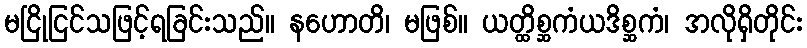
မငြိုငြင်သဖြင့်ရခြင်းသည်။ နဟောတိ၊ မဖြစ်။ ယတ္ထိစ္ဆကံယဒိစ္ဆကံ၊ အလိုရှိတိုင်း